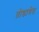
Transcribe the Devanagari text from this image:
तोडावेत